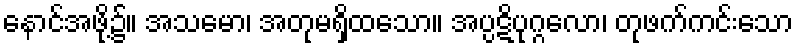
နောင်အဖို့၌။ အသမော၊ အတုမရှိထသော။ အပ္ပဋိပုဂ္ဂလော၊ တုဖက်ကင်းသော